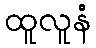
ထူလူနံ